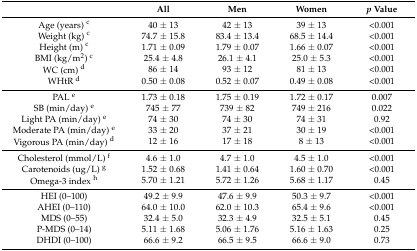
<table><thead><tr><td></td><td><b>All</b></td><td><b>Men</b></td><td><b>Women</b></td><td><b><i>p</i> Value</b></td></tr></thead><tbody><tr><td>Age (years) <sup>c</sup></td><td>40 ± 13</td><td>42 ± 13</td><td>39 ± 13</td><td>&lt;0.001</td></tr><tr><td>Weight (kg) <sup>c</sup></td><td>74.7 ± 15.8</td><td>83.4 ± 13.4</td><td>68.5 ± 14.4</td><td>&lt;0.001</td></tr><tr><td>Height (m) <sup>c</sup></td><td>1.71 ± 0.09</td><td>1.79 ± 0.07</td><td>1.66 ± 0.07</td><td>&lt;0.001</td></tr><tr><td>BMI (kg/m<sup>2</sup>) <sup>c</sup></td><td>25.4 ± 4.8</td><td>26.1 ± 4.1</td><td>25.0 ± 5.3</td><td>&lt;0.001</td></tr><tr><td>WC (cm) <sup>d</sup></td><td>86 ± 14</td><td>93 ± 12</td><td>81 ± 13</td><td>&lt;0.001</td></tr><tr><td>WHtR <sup>d</sup></td><td>0.50 ± 0.08</td><td>0.52 ± 0.07</td><td>0.49 ± 0.08</td><td>&lt;0.001</td></tr><tr><td>PAL <sup>e</sup></td><td>1.73 ± 0.18</td><td>1.75 ± 0.19</td><td>1.72 ± 0.17</td><td>0.007</td></tr><tr><td>SB (min/day) <sup>e</sup></td><td>745 ± 77</td><td>739 ± 82</td><td>749 ± 216</td><td>0.022</td></tr><tr><td>Light PA (min/day) <sup>e</sup></td><td>74 ± 30</td><td>74 ± 30</td><td>74 ± 31</td><td>0.92</td></tr><tr><td>Moderate PA (min/day) <sup>e</sup></td><td>33 ± 20</td><td>37 ± 21</td><td>30 ± 19</td><td>&lt;0.001</td></tr><tr><td>Vigorous PA (min/day) <sup>d</sup></td><td>12 ± 16</td><td>17 ± 18</td><td>8 ± 13</td><td>&lt;0.001</td></tr><tr><td>Cholesterol (mmol/L) <sup>f</sup></td><td>4.6 ± 1.0</td><td>4.7 ± 1.0</td><td>4.5 ± 1.0</td><td>&lt;0.001</td></tr><tr><td>Carotenoids (ug/L) <sup>g</sup></td><td>1.52 ± 0.68</td><td>1.41 ± 0.64</td><td>1.60 ± 0.70</td><td>&lt;0.001</td></tr><tr><td>Omega-3 index <sup>h</sup></td><td>5.70 ± 1.21</td><td>5.72 ± 1.26</td><td>5.68 ± 1.17</td><td>0.45</td></tr><tr><td>HEI (0–100)</td><td>49.2 ± 9.9 </td><td>47.6 ± 9.9</td><td>50.3 ± 9.7</td><td>&lt;0.001</td></tr><tr><td>AHEI (0–110)</td><td>64.0 ± 10.0</td><td>62.0 ± 10.3</td><td>65.4 ± 9.6</td><td>&lt;0.001</td></tr><tr><td>MDS (0–55)</td><td>32.4 ± 5.0</td><td>32.3 ± 4.9</td><td>32.5 ± 5.1</td><td>0.45</td></tr><tr><td>P-MDS (0–14)</td><td>5.11 ± 1.68</td><td>5.06 ± 1.76</td><td>5.16 ± 1.63</td><td>0.25</td></tr><tr><td>DHDI (0–100)</td><td>66.6 ± 9.2</td><td>66.5 ± 9.5</td><td>66.6 ± 9.0</td><td>0.73</td></tr></tbody></table>